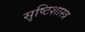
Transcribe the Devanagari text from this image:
सृष्टिशास्त्र